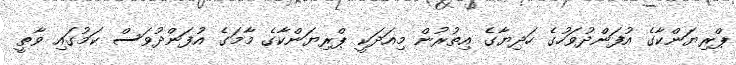
ޕްރިޔަންކާގެ އުފަންދުވަހުގެ ހަދިޔާގެ އިތުރުން މިއަދަކީ ޕްރިޔަންކާގެ މާމަގެ އުފަންދުވަސް ކަމުގައި ވާތީ